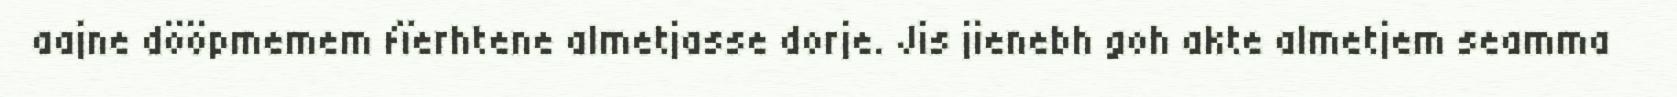
aajne dööpmemem fïerhtene almetjasse dorje. Jis jienebh goh akte almetjem seamma